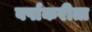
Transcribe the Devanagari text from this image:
वर्षाकरीता